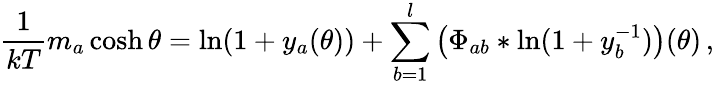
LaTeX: \frac{1}{kT}m_{a}\cosh\theta=\ln(1+y_{a}(\theta))+\sum_{b=1}^{l}\, \bigl(\Phi_{ab}*\ln(1+y_{b}^{-1})\bigr)(\theta)\, ,